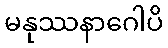
မနုဿနာဂေါပိ